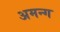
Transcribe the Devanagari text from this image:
अमन्ग